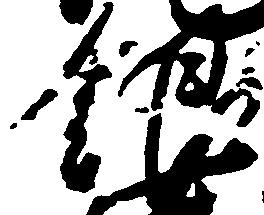
銀